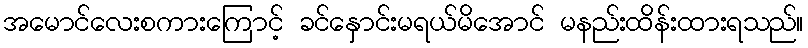
အမောင်လေးစကားကြောင့် ခင်နှောင်းမရယ်မိအောင် မနည်းထိန်းထားရသည်။